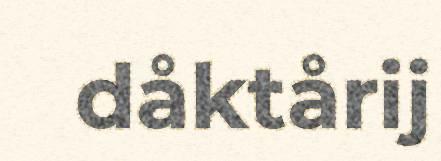
dåktårij